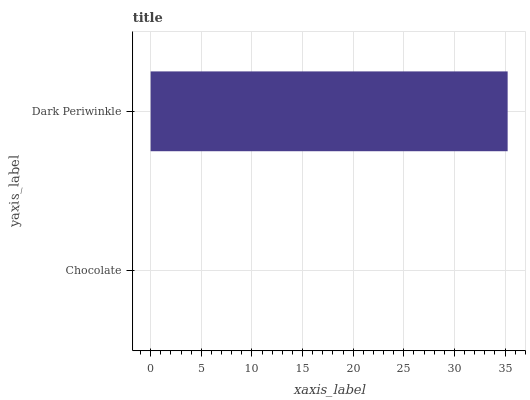
| yaxis_label | bars |
 | --- | --- |
 | Chocolate | 0 |
 | Dark Periwinkle | 35.3 |